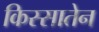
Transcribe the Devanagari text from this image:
किस्सातेन